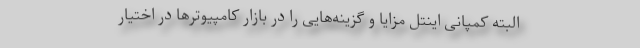
البته کمپانی اینتل مزایا و گزینه‌هایی را در بازار کامپیوترها در اختیار